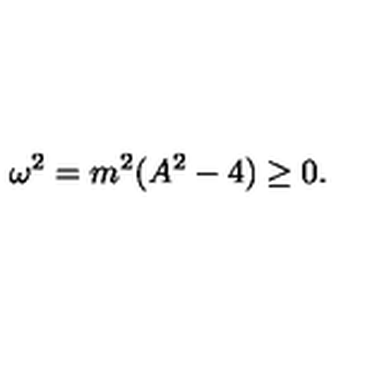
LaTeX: \omega ^ { 2 } = m ^ { 2 } ( A ^ { 2 } - 4 ) \geq 0 .